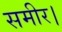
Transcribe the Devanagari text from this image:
समीर।